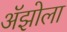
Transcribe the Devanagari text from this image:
अॅझोला